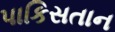
પાકિસતાન